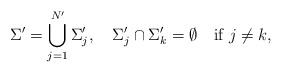
LaTeX: \begin{align*}\Sigma^\prime=\bigcup_{j=1}^{N^\prime}\Sigma_j^\prime,\quad\Sigma_j^\prime\cap\Sigma_k^\prime=\emptyset\quad\mbox{if $j\neq k$},\end{align*}